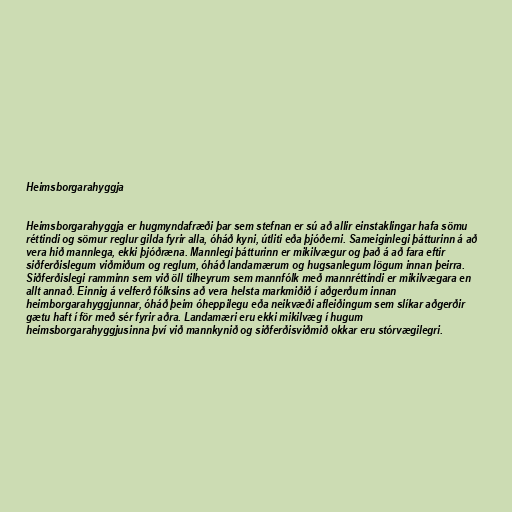
Heimsborgarahyggja

Heimsborgarahyggja er hugmyndafræði þar sem stefnan er sú að allir einstaklingar hafa sömu
réttindi og sömur reglur gilda fyrir alla, óháð kyni, útliti eða þjóðerni. Sameiginlegi þátturinn á að
vera hið mannlega, ekki þjóðræna. Mannlegi þátturinn er mikilvægur og það á að fara eftir
siðferðislegum viðmiðum og reglum, óháð landamærum og hugsanlegum lögum innan þeirra.
Siðferðislegi ramminn sem við öll tilheyrum sem mannfólk með mannréttindi er mikilvægara en
allt annað. Einnig á velferð fólksins að vera helsta markmiðið í aðgerðum innan
heimborgarahyggjunnar, óháð þeim óheppilegu eða neikvæði afleiðingum sem slíkar aðgerðir
gætu haft í för með sér fyrir aðra. Landamæri eru ekki mikilvæg í hugum
heimsborgarahyggjusinna því við mannkynið og siðferðisviðmið okkar eru stórvægilegri.